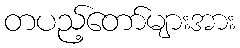
တပည့်တော်များအား